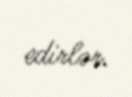
edirlər.